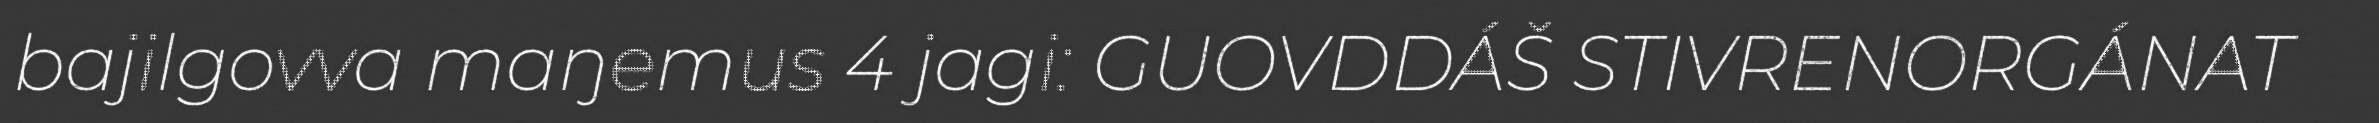
bajilgovva maŋemus 4 jagi: GUOVDDÁŠ STIVRENORGÁNAT